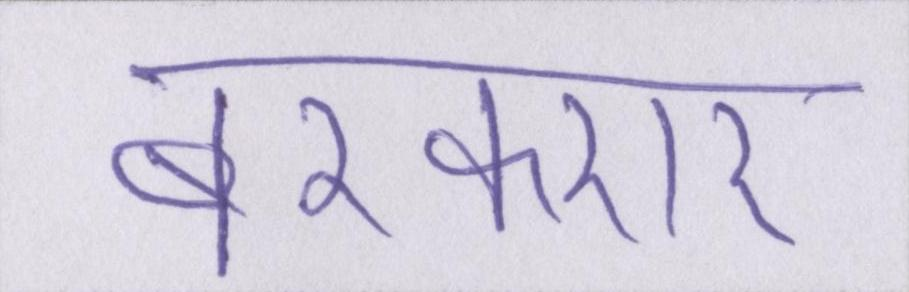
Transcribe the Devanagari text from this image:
बरकरार